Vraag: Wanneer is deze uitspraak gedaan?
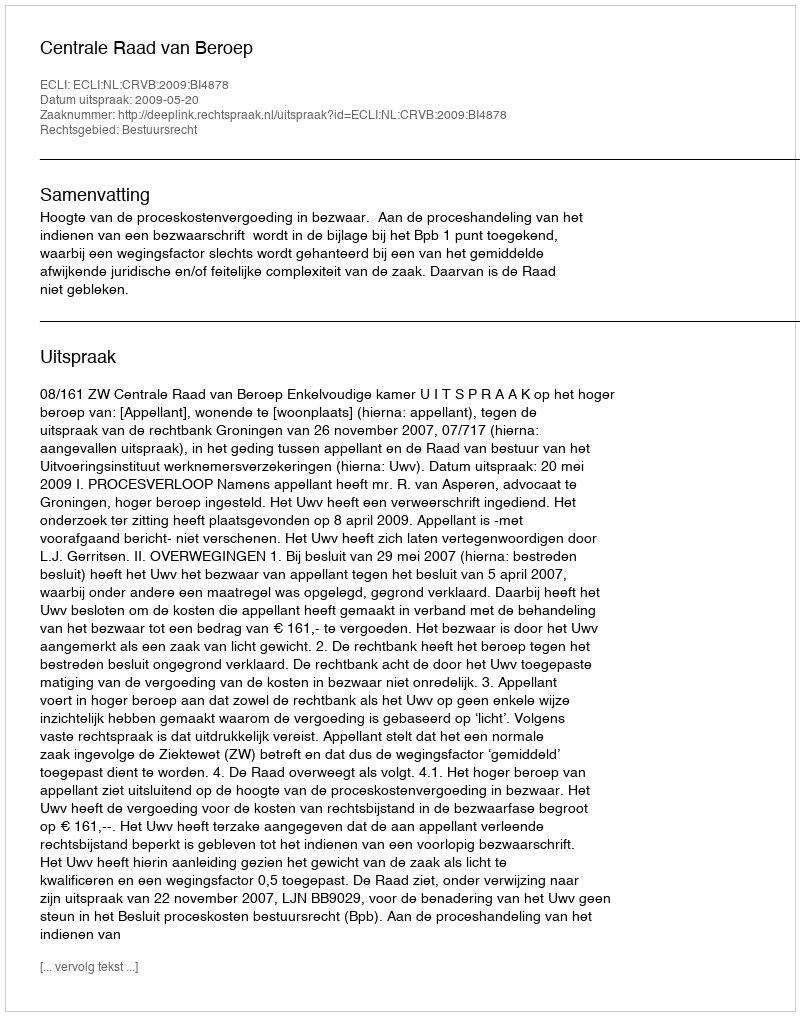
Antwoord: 2009-05-20